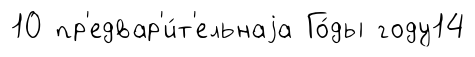
10 пр'едвар'и́т'ельнаjа Го́ды году14